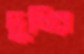
দুধির